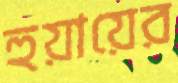
হুয়ায়ের